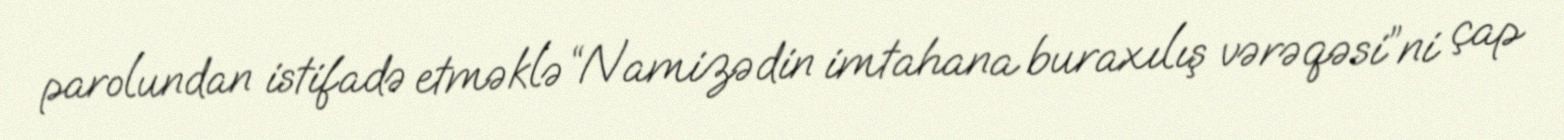
parolundan istifadə etməklə “Namizədin imtahana buraxılış vərəqəsi”ni çap